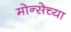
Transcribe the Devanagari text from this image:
मोन्सेच्या